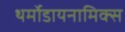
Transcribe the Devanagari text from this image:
थर्मोडायनामिक्‍स